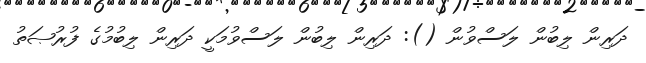
ދަރިން ލިބުން ލަސްވުން (): ދަރިން ލިބުން ލަސްވުމަކީ ދަރިން ލިބުމުގެ ފުރުޞަތު